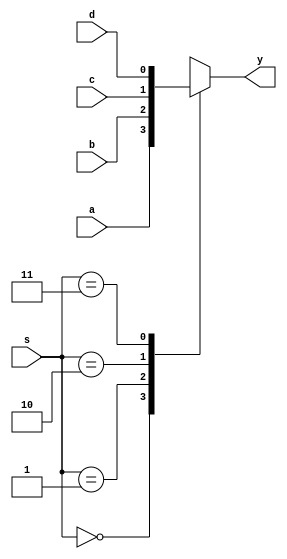
module mux(a,b,c,d,s,y);
  input a,b,c,d;
  input [1:0]s;
  output y;
  reg y;
  always@(s or a or b or c or d)
  begin
  case(s)
    2'b00:y=a;
    2'b01:y=b;
    2'b10:y=c;
    2'b11:y=d;
  endcase
  end
endmodule